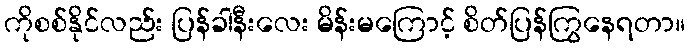
ကိုစစ်နိုင်လည်း ပြန်ခါနီးလေး မိန်းမကြောင့် စိတ်ပြန်ကြွနေရတာ။